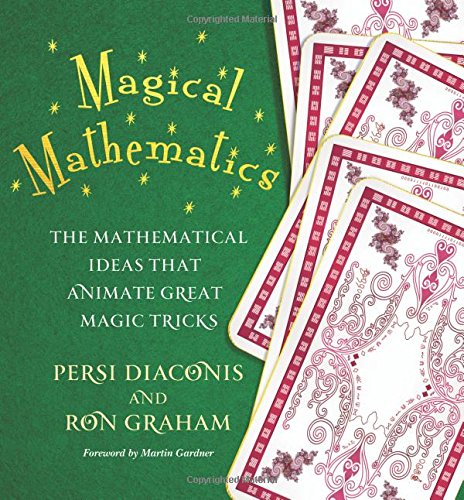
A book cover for Magical Mathematics: The Mathematical Ideas That Animate Great Magic Tricks; Persi Diaconis; Humor & Entertainment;